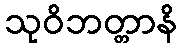
သုဝိဘတ္တာနိ